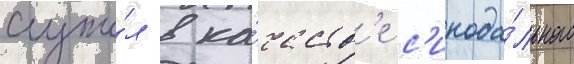
Служи́л в ка́честв'е с'инода́льного